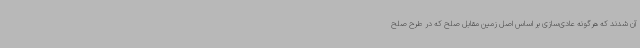
آن شدند که هرگونه عادی‌سازی بر اساس اصل زمین مقابل صلح که در طرح صلح